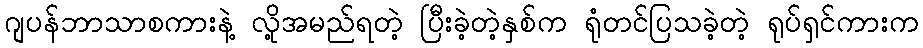
ဂျပန်ဘာသာစကားနဲ့ လို့အမည်ရတဲ့ ပြီးခဲ့တဲ့နှစ်က ရုံတင်ပြသခဲ့တဲ့ ရုပ်ရှင်ကားက